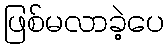
ဖြစ်မလာခဲ့ပေ